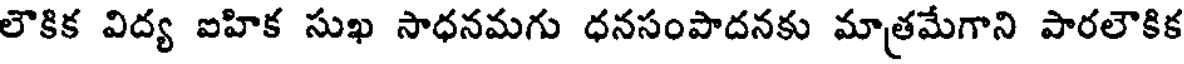
లౌకిక విద్య ఐహిక సుఖ సాధనమగు ధనసంపాదనకు మాత్రమేగాని పారలౌకిక